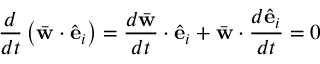
\frac { d } { d t } \left( \bar { \bf w } \cdot \hat { \bf e } _ { i } \right) = \frac { d \bar { \bf w } } { d t } \cdot \hat { \bf e } _ { i } + \bar { \bf w } \cdot \frac { d \hat { \bf e } _ { i } } { d t } = 0